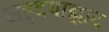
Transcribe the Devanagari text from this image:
सहृदयाह्लाद